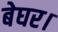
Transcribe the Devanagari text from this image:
बेघर।